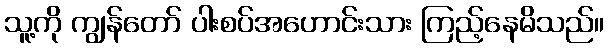
သူ့ကို ကျွန်တော် ပါးစပ်အဟောင်းသား ကြည့်နေမိသည်။